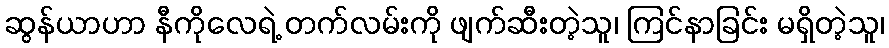
ဆွန်ယာဟာ နီကိုလေရဲ့ တက်လမ်းကို ဖျက်ဆီးတဲ့သူ၊ ကြင်နာခြင်း မရှိတဲ့သူ၊